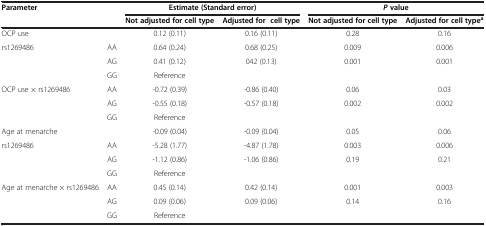
<table><thead><tr><td><b>Parameter</b></td><td><b> </b></td><td colspan="2"><b>Estimate (Standard error)</b></td><td colspan="2"><b><i>P </i>value</b></td></tr><tr><td><b> </b></td><td><b> </b></td><td><b>Not adjusted for cell type</b></td><td><b>Adjusted for cell type</b></td><td><b>Not adjusted for cell type</b></td><td><b>Adjusted for cell type<sup>a</sup></b></td></tr></thead><tbody><tr><td>OCP use</td><td> </td><td>0.12 (0.11)</td><td>0.16 (0.11)</td><td>0.28</td><td>0.16</td></tr><tr><td>rs1269486</td><td>AA</td><td>0.64 (0.24)</td><td>0.68 (0.25)</td><td>0.009</td><td>0.006</td></tr><tr><td> </td><td>AG</td><td>0.41 (0.12)</td><td>042 (0.13)</td><td>0.001</td><td>0.001</td></tr><tr><td> </td><td>GG</td><td>Reference</td><td> </td><td> </td><td> </td></tr><tr><td>OCP use × rs1269486</td><td>AA</td><td>-0.72 (0.39)</td><td>-0.86 (0.40)</td><td>0.06</td><td>0.03</td></tr><tr><td> </td><td>AG</td><td>-0.55 (0.18)</td><td>-0.57 (0.18)</td><td>0.002</td><td>0.002</td></tr><tr><td> </td><td>GG</td><td>Reference</td><td> </td><td> </td><td> </td></tr><tr><td>Age at menarche</td><td> </td><td>-0.09 (0.04)</td><td>-0.09 (0.04)</td><td>0.05</td><td>0.06</td></tr><tr><td>rs1269486</td><td>AA</td><td>-5.28 (1.77)</td><td>-4.87 (1.78)</td><td>0.003</td><td>0.006</td></tr><tr><td> </td><td>AG</td><td>-1.12 (0.86)</td><td>-1.06 (0.86)</td><td>0.19</td><td>0.21</td></tr><tr><td> </td><td>GG</td><td>Reference</td><td> </td><td> </td><td> </td></tr><tr><td>Age at menarche × rs1269486</td><td>AA</td><td>0.45 (0.14)</td><td>0.42 (0.14)</td><td>0.001</td><td>0.003</td></tr><tr><td> </td><td>AG</td><td>0.09 (0.06)</td><td>0.09 (0.06)</td><td>0.14</td><td>0.16</td></tr><tr><td> </td><td>GG</td><td>Reference</td><td> </td><td> </td><td> </td></tr></tbody></table>